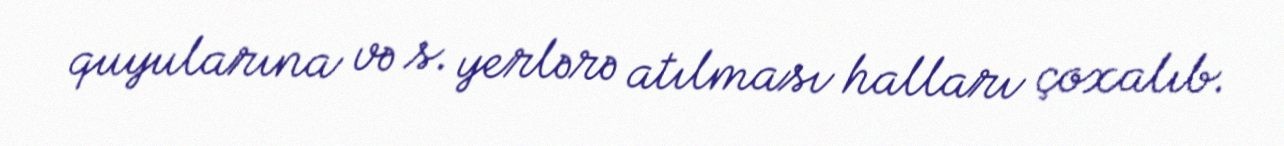
quyularına və s. yerlərə atılması halları çoxalıb.